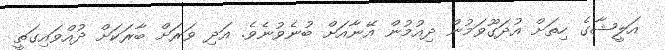
އަލީޝާގެ ހިތަށް އުދަގޫވަމުން ދިއުމުން އޭނާއަށް ބުނެވުނެވެ. އަދި ވަރަށް ބާރަކަށް ދުއްވައިގަތީ